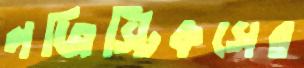
লজিস্টিকসের